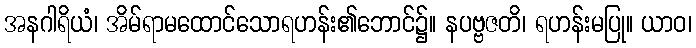
အနဂါရိယံ၊ အိမ်ရာမထောင်သောရဟန်း၏ဘောင်၌။ နပဗ္ဗဇတိ၊ ရဟန်းမပြု။ ယာဝ၊